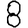
Digit: 8